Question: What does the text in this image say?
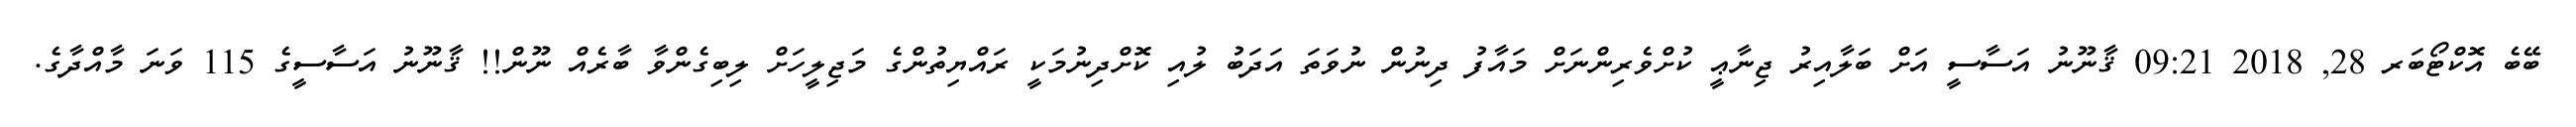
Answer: ބޭބެ އޮކްޓޯބަރ 28, 2018 09:21 ޤާނޫނު އަސާސީ އަށް ބަލާއިރު ޖިނާޢީ ކުށްވެރިންނަށް މައާފު ދިނުން ނުވަތަ އަދަބު ލުއި ކޮށްދިނުމަކީ ރައްޔިތުންގެ މަޖިލީހަށް ލިބިގެންވާ ބާރެއް ނޫން!! ޤާނޫނު އަސާސީގެ 115 ވަނަ މާއްދާގެ.